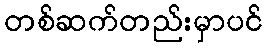
တစ်ဆက်တည်းမှာပင်